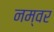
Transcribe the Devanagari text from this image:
नम्वर